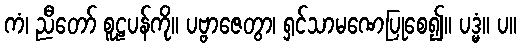
ကံ၊ ညီတော် စူဠပန်ကို။ ပဗ္ဗာဇေတွာ၊ ရှင်သာမဏေပြုစေ၍။ ပဒ္မံ။ ပ။